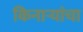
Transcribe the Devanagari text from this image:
किनाऱ्यांचा